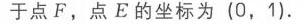
如图，\(\triangle ABC\)为等边三角形，以\(AB\)为边向形外作\(\triangle ABD\)，使\(\angle ADB = 120^{\circ}\)，再以点\(C\)为旋转中心把\(\triangle CBD\)旋转到\(\triangle CAE\)，则下列结论：\textcircled{1}\(D、A、E\)三点共线；\textcircled{2}\(DC\)平分\(\angle BDA\)；\textcircled{3}\(\angle E=\angle BAC\)；\textcircled{4}\(DC = DB + DA\)．其中正确的有（  ）